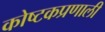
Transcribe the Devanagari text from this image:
कोष्टकप्रणाली